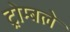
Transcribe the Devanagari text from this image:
ट्रोम्बले